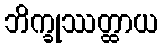
ဘိက္ခုဿတ္ထာယ